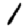
Digit: 1